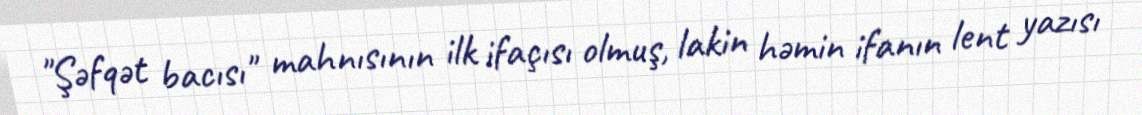
"Şəfqət bacısı" mahnısının ilk ifaçısı olmuş, lakin həmin ifanın lent yazısı